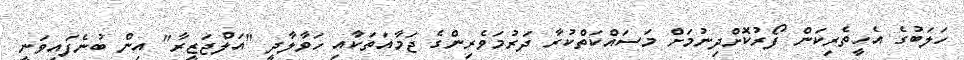
ހަލަބުގެ އެހީތެރިކަން ފޯރުކޮށްދިނުމަށް މަސައްކަތްކުރާ ދަރުމަވެރިންގެ ޖަމާއަތަކާއި ހަވާލާދީ "އަލްޖަޒީރާ" އިން ބުނެފައިވަނީ